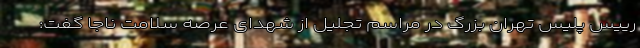
رییس پلیس تهران بزرگ در مراسم تجلیل از شهدای عرصه سلامت ناجا گفت: